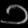
Digit: ၁